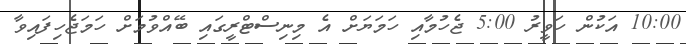
10:00 އަކުން ހަވީރު 5:00 ޖެހުމާއި ހަމަޔަށް އެ މިނިސްޓްރީގައި ބޭއްވުމަށް ހަމަޖެހިފައިވާ